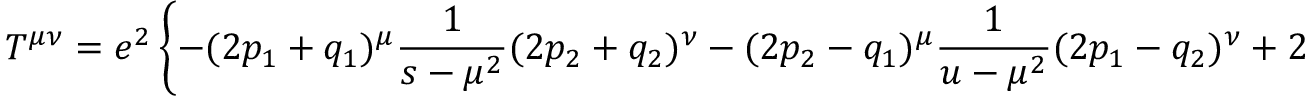
T ^ { \mu \nu } = e ^ { 2 } \left\{ - ( 2 p _ { 1 } + q _ { 1 } ) ^ { \mu } \frac { 1 } { s - \mu ^ { 2 } } ( 2 p _ { 2 } + q _ { 2 } ) ^ { \nu } - ( 2 p _ { 2 } - q _ { 1 } ) ^ { \mu } \frac { 1 } { u - \mu ^ { 2 } } ( 2 p _ { 1 } - q _ { 2 } ) ^ { \nu } + 2 g ^ { \mu \nu } \right\}